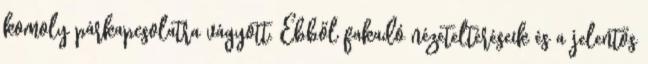
komoly párkapcsolatra vágyott. Ebből fakadó nézeteltéréseik és a jelentős